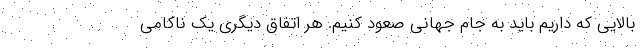
بالایی که داریم باید به جام جهانی صعود کنیم. هر اتفاق دیگری یک ناکامی